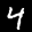
Label: 4